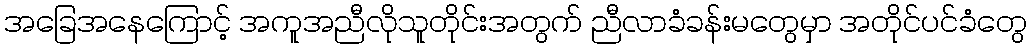
အခြေအနေကြောင့် အကူအညီလိုသူတိုင်းအတွက် ညီလာခံခန်းမတွေမှာ အတိုင်ပင်ခံတွေ